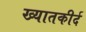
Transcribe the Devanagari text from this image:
ख्यातकीर्द